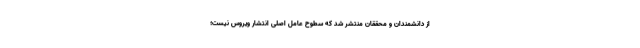
از دانشمندان و محققان منتشر شد که سطوح عامل اصلی انتشار ویروس نیست؛